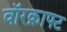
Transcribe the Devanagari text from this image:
वॉरक्राफ्ट